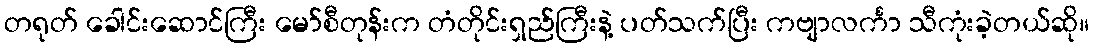
တရုတ် ခေါင်းဆောင်ကြီး မော်စီတုန်းက တံတိုင်းရှည်ကြီးနဲ့ ပတ်သက်ပြီး ကဗျာလင်္ကာ သီကုံးခဲ့တယ်ဆို။